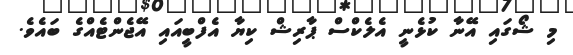
މި ޝޯގައި އޭނާ ކުޅެނީ އެލެކްސް ޕާރިޝް ކިޔާ އެފްބީއައި އޭޖެންޓެއްގެ ބައެވެ.